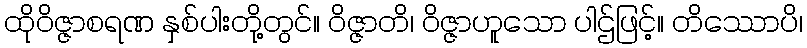
ထိုဝိဇ္ဇာစရဏ နှစ်ပါးတို့တွင်။ ဝိဇ္ဇာတိ၊ ဝိဇ္ဇာဟူသော ပါဌ်ဖြင့်။ တိဿောပိ၊